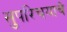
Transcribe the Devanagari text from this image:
सुपरिचयाचे